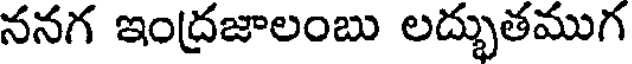
ననగ ఇంద్రజాలంబు లద్భుతముగ